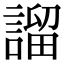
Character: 𧪭